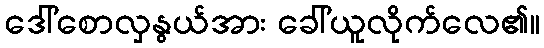
ဒေါ်စောလှနွယ်အား ခေါ်ယူလိုက်လေ၏။